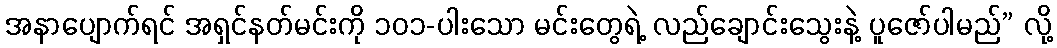
အနာပျောက်ရင် အရှင်နတ်မင်းကို ၁၀၁-ပါးသော မင်းတွေရဲ့ လည်ချောင်းသွေးနဲ့ ပူဇော်ပါမည်” လို့